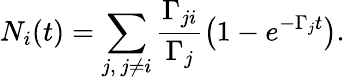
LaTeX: N_{i}(t)=\sum_{j,\ j\neq i}\frac{\Gamma_{ji}}{\Gamma_{j}}\left(1-e^{-\Gamma_{j}t}\right).